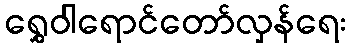
ရွှေဝါရောင်တော်လှန်ရေး